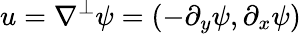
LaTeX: u=\nabla^{\perp}\psi=(-\partial_{y}\psi,\partial_{x}\psi)